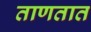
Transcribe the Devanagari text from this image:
ताणतात